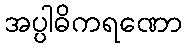
အပ္ပါဓိကရဏော